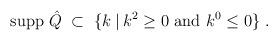
LaTeX: \begin{align*}{\mbox{supp }} \hat{Q} \;\subset\; \{ k \:|\: k^2 \geq 0 {\mbox{ and }}k^0 \leq 0 \} \;. \end{align*}